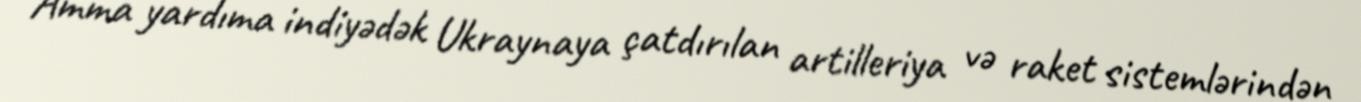
Amma yardıma indiyədək Ukraynaya çatdırılan artilleriya və raket sistemlərindən